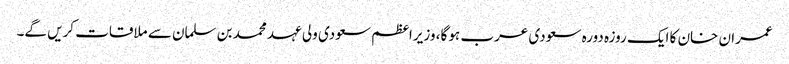
عمران خان کا ایک روزہ دورہ سعودی عرب ہو گا، وزیراعظم سعودی ولی عہد محمد بن سلمان سے ملاقات کریں گے۔